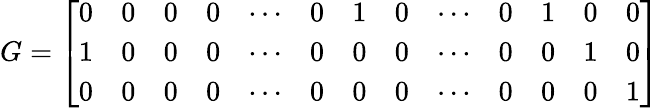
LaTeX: G=\left[\begin{array}{ccccccccccccc}{0}&{0}&{0}&{0}&{\cdots}&{0}&{1}&{0}&{\cdots}&{0}&{1}&{0}&{0}\\ {1}&{0}&{0}&{0}&{\cdots}&{0}&{0}&{0}&{\cdots}&{0}&{0}&{1}&{0}\\ {0}&{0}&{0}&{0}&{\cdots}&{0}&{0}&{0}&{\cdots}&{0}&{0}&{0}&{1}\end{array}\right]